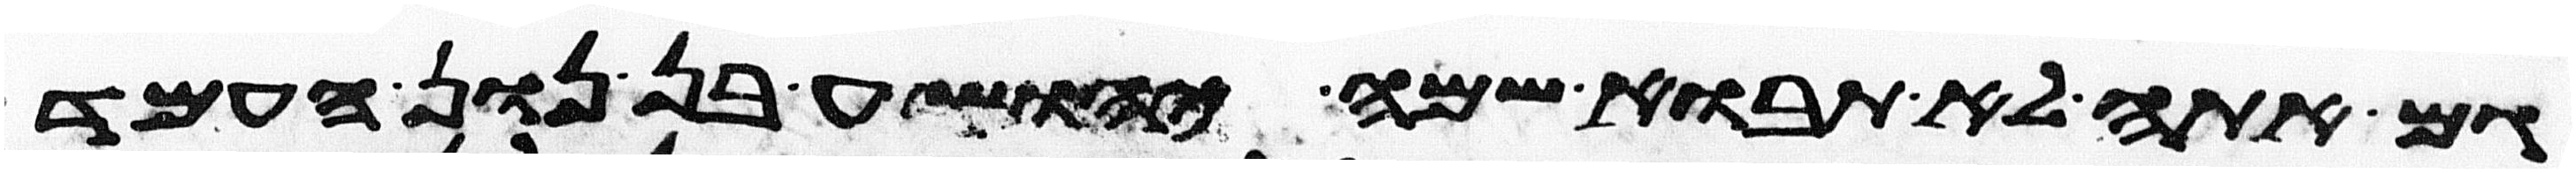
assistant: גם אתה לא תבוא שמה יהושע בן נון העמד